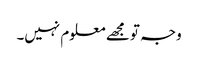
وجہ تو مجھے معلوم نہیں۔